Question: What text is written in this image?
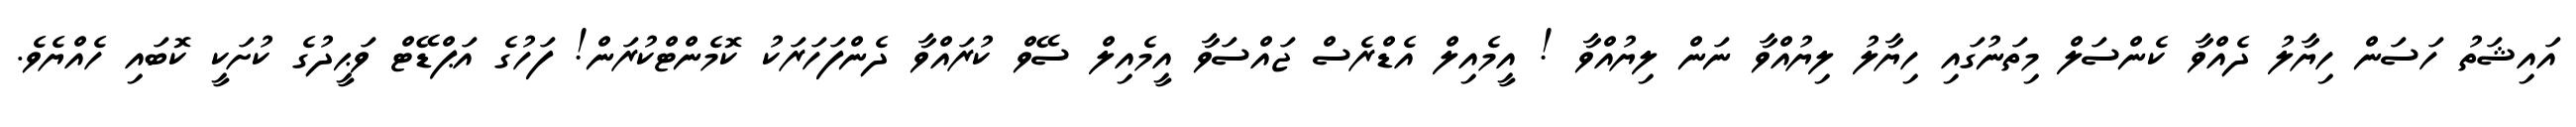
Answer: އައިޝަތު ހަސަން ހިޔާލު ދެއްވާ ކެންސަލް މިތަނުގައި ހިޔާލު ލިޔުއްވާ ނަން ލިޔުއްވާ ! އީމެއިލް އެޑްރެސް ޖައްސަވާ އީމެއިލް ސޭވް ކުރައްވާ ދެންފަހަރަކު ކޮމެންޓްކުރަން! ފަހުގެ އަޕްޑޭޓް ވަޙީދުގެ ކުށަކީ ކޮބައި ހެއްޔެވެ.